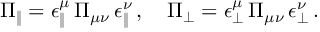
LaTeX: \Pi _ { \| } = \epsilon _ { \| } ^ { \mu } \, \Pi _ { \mu \nu } \, \epsilon _ { \| } ^ { \nu } \, , \quad \Pi _ { \bot } = \epsilon _ { \bot } ^ { \mu } \, \Pi _ { \mu \nu } \, \epsilon _ { \bot } ^ { \nu } \, .